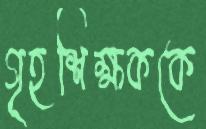
গৃহশিক্ষককে